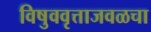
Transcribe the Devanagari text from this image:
विषुववृत्ताजवळचा